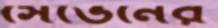
সেভেনের